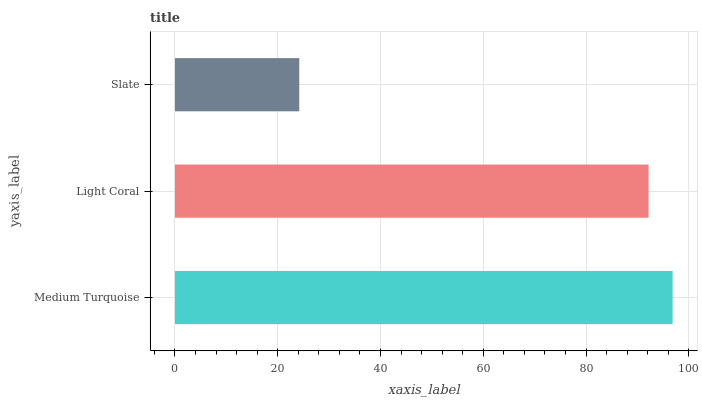
| yaxis_label | bars |
 | --- | --- |
 | Medium Turquoise | 96.8 |
 | Light Coral | 92.2 |
 | Slate | 24.2 |